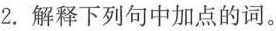
2. 解释下列句中加点的词。